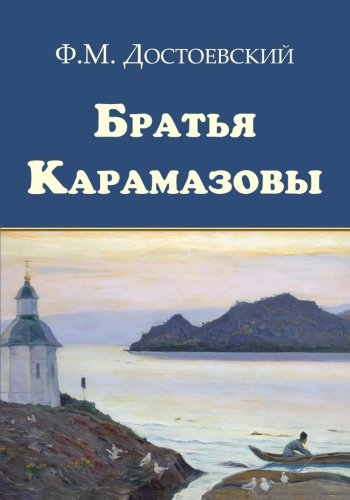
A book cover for Bratya Karamazovy - ÐEÑÐ°ÑEÑEÑE ÐEÐ°ÑÐ°Ð¼Ð°Ð·Ð¾Ð²ÑE (Russian Edition); Fyodor Dostoevsky; Literature & Fiction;